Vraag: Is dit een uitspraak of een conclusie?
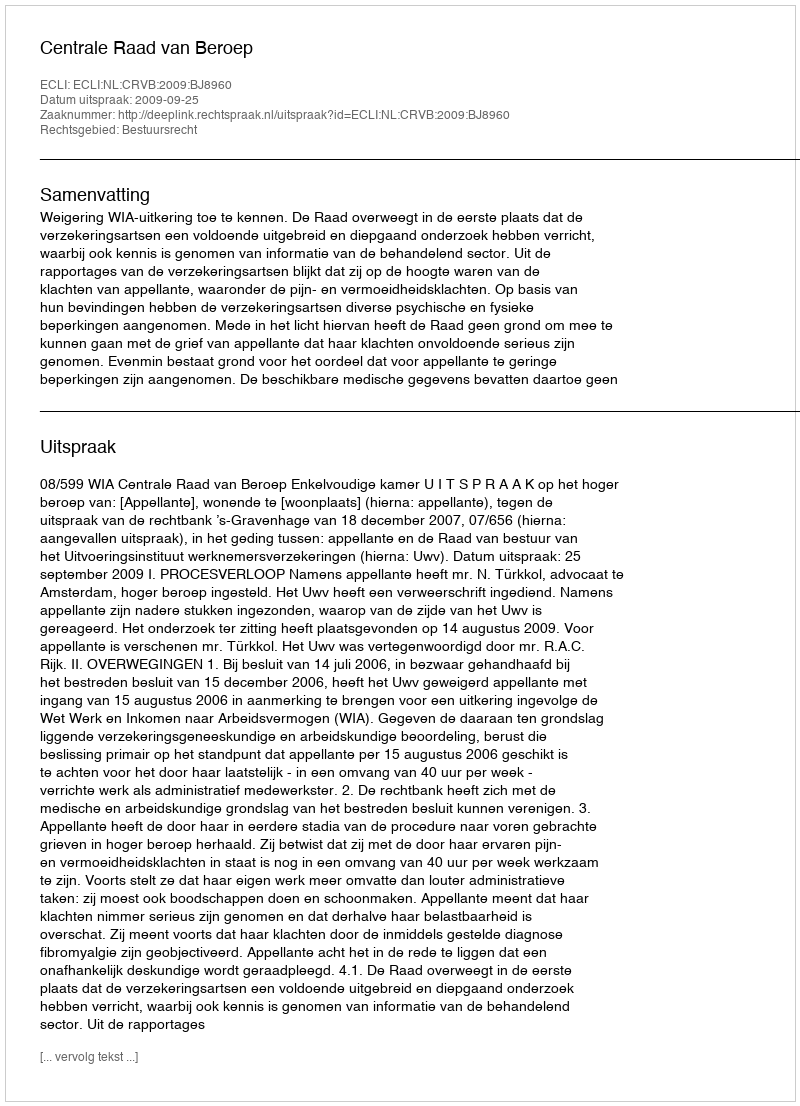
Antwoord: Uitspraak